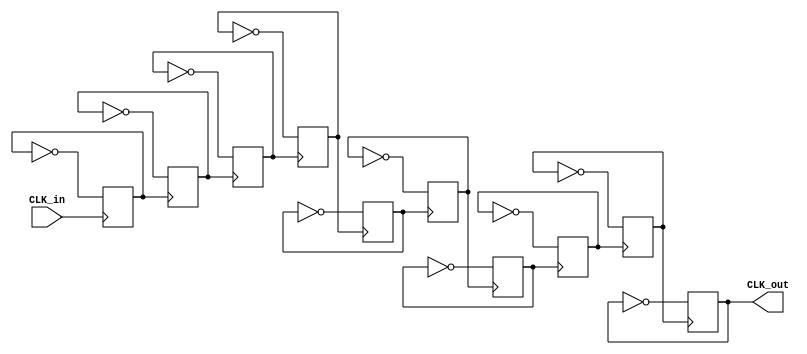
module divider
(
	input CLK_in,
	output CLK_out
);
	reg Q1, Q2, Q3, Q4, Q5, Q6, Q7, Q8, Q9, Q10;

	assign CLK_out=Q10;
	always @ (posedge CLK_in )
	begin
		Q1<=~Q1;
	end
	always @ (posedge Q1 )
	begin
		Q2<=~Q2;
	end
	always @ (posedge Q2 )
	begin
		Q3<=~Q3;
	end
	always @ (posedge Q3 )
	begin
		Q4<=~Q4;
	end
	always @ (posedge Q4 )
	begin
		Q5<=~Q5;
	end
	always @ (posedge Q5 )
	begin
		Q6<=~Q6;
	end
	always @ (posedge Q6 )
	begin
		Q7<=~Q7;
	end
	always @ (posedge Q7 )
	begin
		Q8<=~Q8;
	end
	always @ (posedge Q8 )
	begin
		Q9<=~Q9;
	end
	always @ (posedge Q9 )
	begin
		Q10<=~Q10;
	end
endmodule